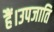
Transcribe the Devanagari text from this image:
हैं।उपजाति